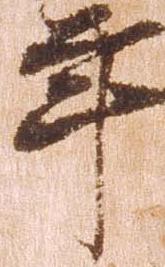
年